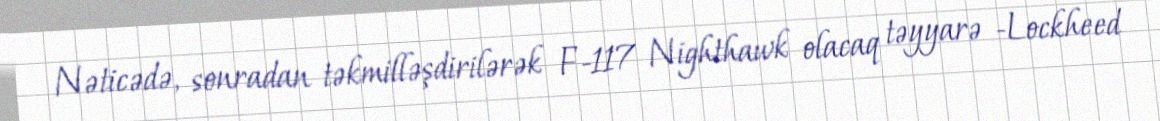
Nəticədə, sonradan təkmilləşdirilərək F-117 Nighthawk olacaq təyyarə -Lockheed